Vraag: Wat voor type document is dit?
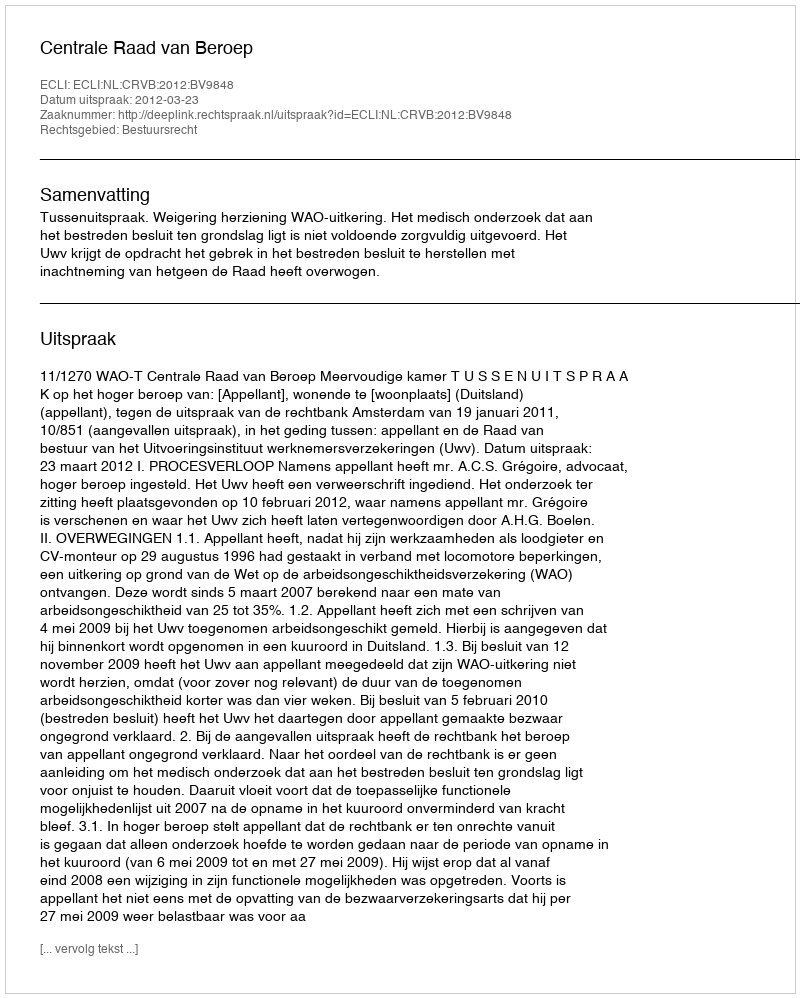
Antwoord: Uitspraak